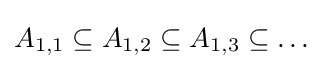
A_{1,1}\subseteq A_{1,2}\subseteq A_{1,3}\subseteq \dots